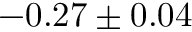
- 0 . 2 7 \pm 0 . 0 4